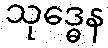
သုဒ္ဓေန